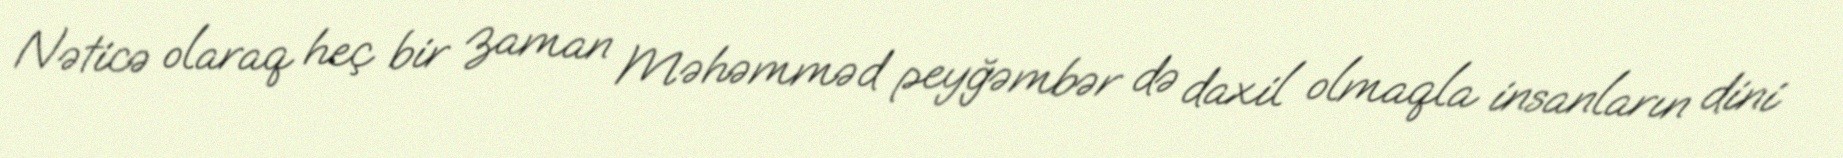
Nəticə olaraq heç bir zaman Məhəmməd peyğəmbər də daxil olmaqla insanların dini